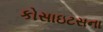
કોસાઇટસના